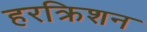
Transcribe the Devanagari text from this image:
हरक्रिशन